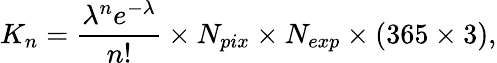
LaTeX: K_{n}=\frac{\lambda^{n}e^{-\lambda}}{n!}\times N_{pix}\times N_{exp}\times(365\times 3),